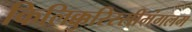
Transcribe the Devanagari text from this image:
किलिक्कुरिस्सीमंगलम